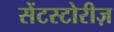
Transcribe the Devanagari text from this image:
सेंटस्टोरीज़